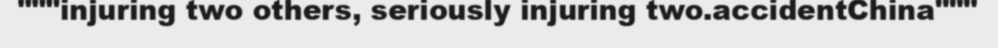
"""injuring two others, seriously injuring two.accidentChina"""